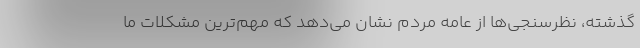
گذشته، نظرسنجی‌ها از عامه مردم نشان می‌دهد که مهم‌ترین مشکلات ما